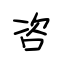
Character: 咨